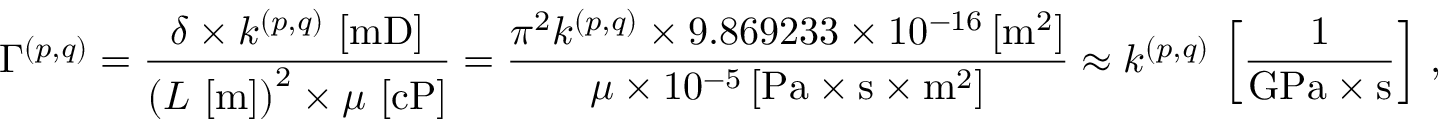
\Gamma ^ { ( p , q ) } = \frac { \delta \times k ^ { ( p , q ) } \, \left[ \mathrm { { m D } } \right] } { \left( L \, \left[ { \mathrm { m } } \right] \right) ^ { 2 } \times \mu \, \left[ \mathrm { { c P } } \right] } = \frac { \pi ^ { 2 } k ^ { ( p , q ) } \times 9 . 8 6 9 2 3 3 \times 1 0 ^ { - 1 6 } \, [ { \mathrm { m } } ^ { 2 } ] } { \mu \times 1 0 ^ { - 5 } \, [ \mathrm { { P a } } \times { \mathrm { s } } \times \mathrm { { m } } ^ { 2 } ] } \approx k ^ { ( p , q ) } \, \left[ \frac { 1 } { { \mathrm { G P a } } \times \mathrm { { s } } } \right] \, ,